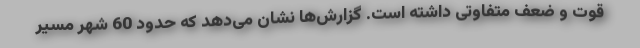
قوت و ضعف متفاوتی داشته است. گزارش‌ها نشان می‌دهد که حدود 60 شهر مسیر